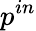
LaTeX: p^{in}